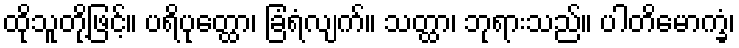
ထိုသူတို့ဖြင့်။ ပရိပုတ္ထော၊ ခြံရံလျက်။ သတ္ထာ၊ ဘုရားသည်။ ပါတိမောက္ခံ၊